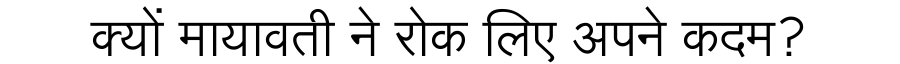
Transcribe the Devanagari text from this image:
क्यों मायावती ने रोक लिए अपने कदम?